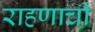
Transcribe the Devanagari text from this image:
राहणाची